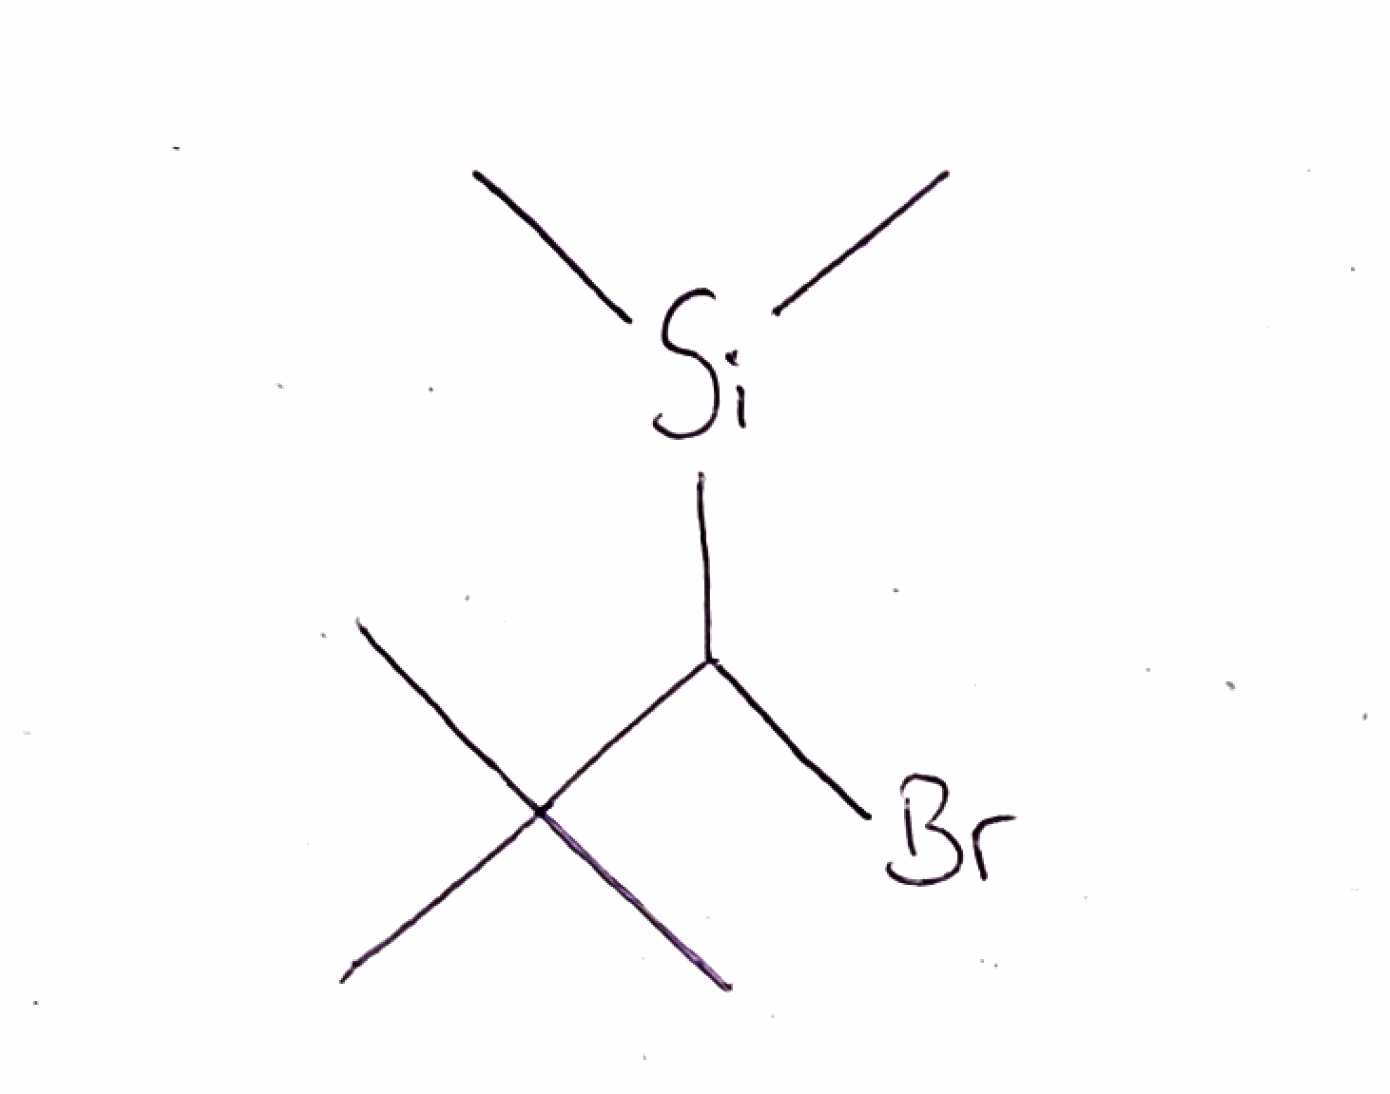
Simplified molecular-input line-entry system (SMILES) notation of the given molecule:
CC(C)(C)C([Si](C)C)Br